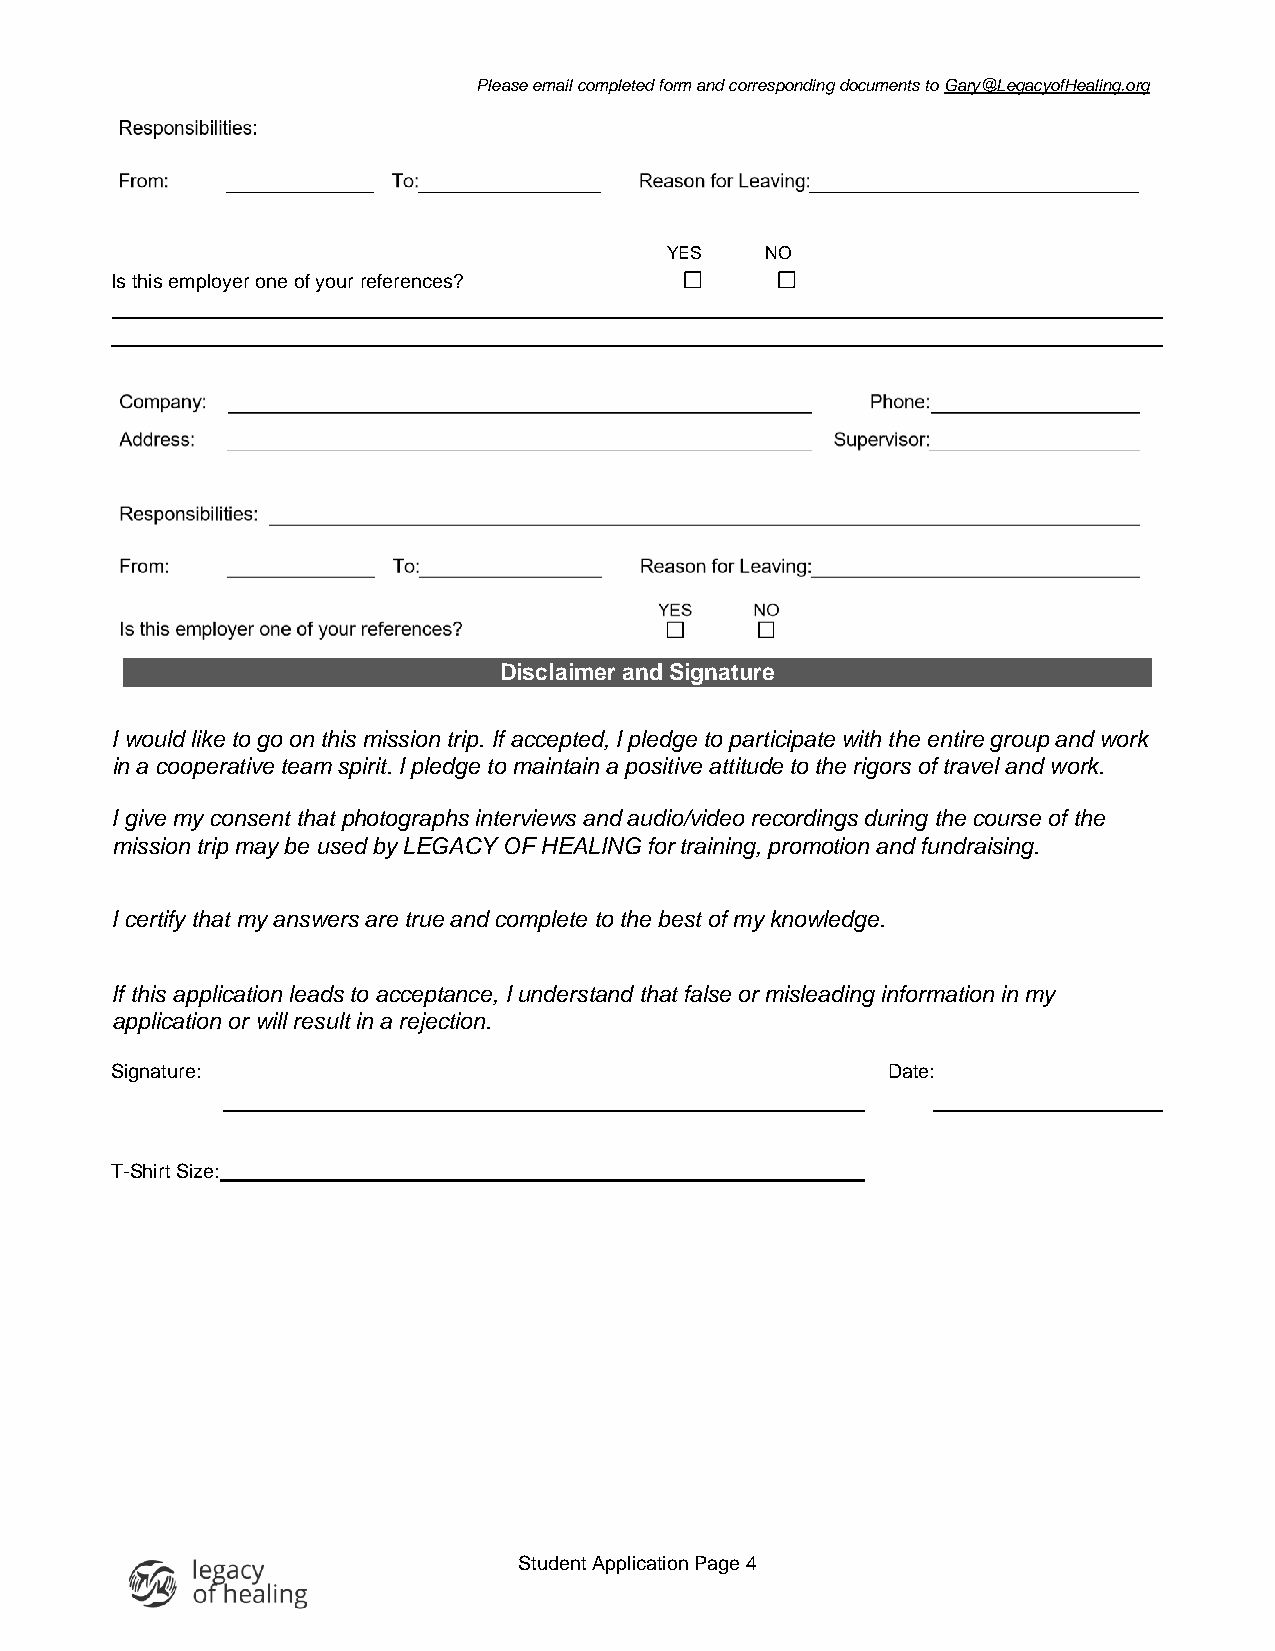
Please email completed form and corresponding documents to Gary@LegacyofHealing.org
 YES    NO
 Is this employer one of your references?
 Disclaimer and Signature
 I would like to go on this mission trip. If accepted, I pledge to participate with the entire group and work
 in a cooperative team spirit. I pledge to maintain a positive attitude to the rigors of travel and work.
 I give my consent that photographs interviews and audio/video recordings during the course of the
 mission trip may be used by LEGACY OF HEALING for training, promotion and fundraising.
 I certify that my answers are true and complete to the best of my knowledge.
 If this application leads to acceptance, I understand that false or misleading information in my
 application or will result in a rejection.
 Signature:                                          Date:
 T-Shirt Size:
 Student Application Page 4